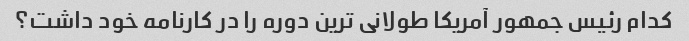
کدام رئیس جمهور آمریکا طولانی ترین دوره را در کارنامه خود داشت؟